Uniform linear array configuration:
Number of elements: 16
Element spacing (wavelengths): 1
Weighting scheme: binomial
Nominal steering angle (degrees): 0
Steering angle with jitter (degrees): -0.2258
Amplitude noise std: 0.05
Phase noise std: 0.05

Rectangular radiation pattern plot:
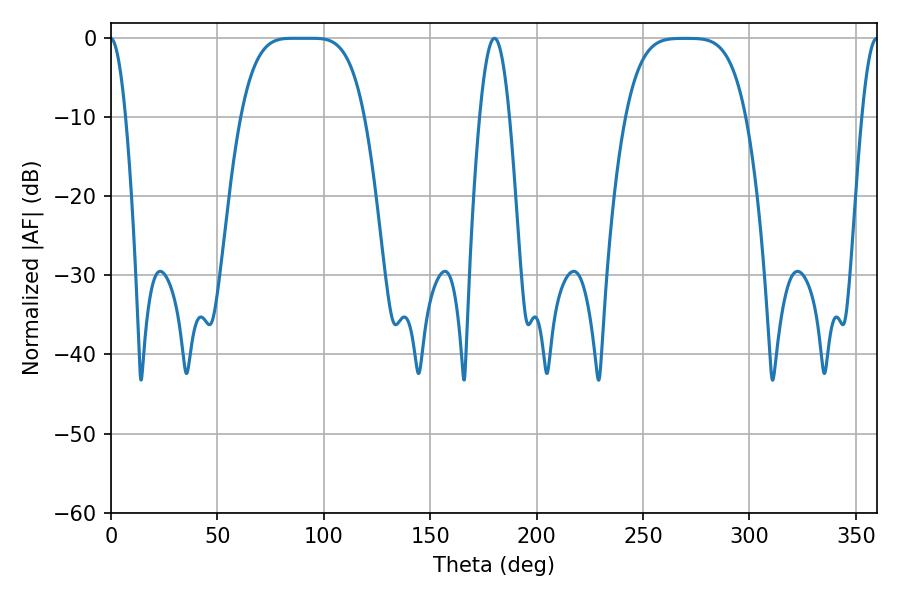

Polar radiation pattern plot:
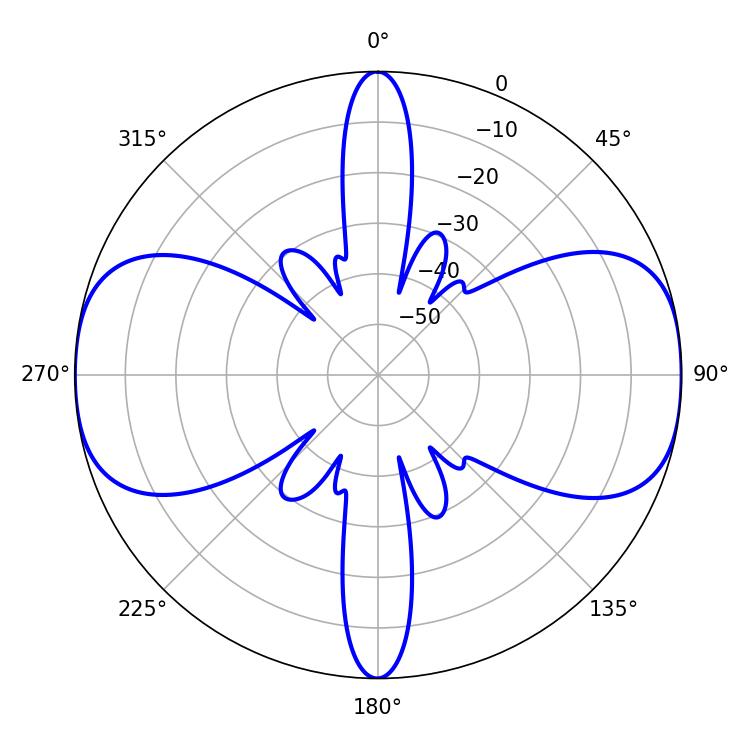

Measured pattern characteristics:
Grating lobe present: TRUE
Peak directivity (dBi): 17.233
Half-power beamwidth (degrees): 43.2
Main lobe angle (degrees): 85.32